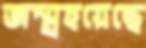
জন্ম্রহয়েছে